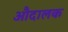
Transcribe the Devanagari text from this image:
औदालक